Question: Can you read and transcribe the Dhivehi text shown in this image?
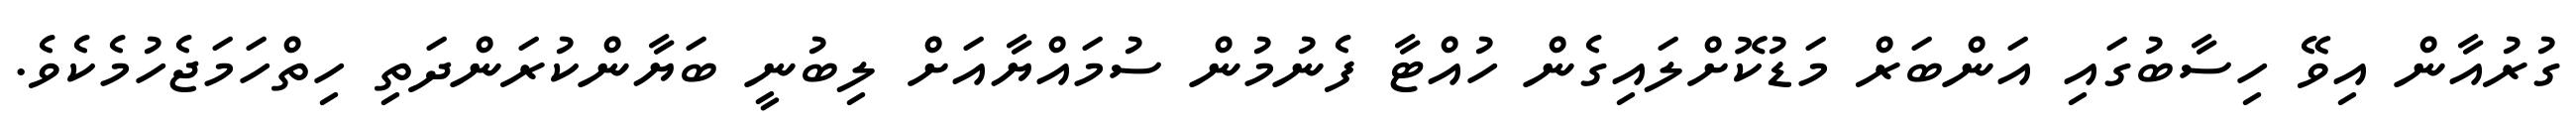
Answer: ގުރުއާން އިވޭ ހިސާބުގައި އަންބަރް މަޑުކޮށްލައިގެން ހުއްޓާ ފެނުމުން ސުމައްޔާއަށް ލިބުނީ ބަޔާންކުރަންދަތި ހިތްހަމަޖެހުމެކެވެ.